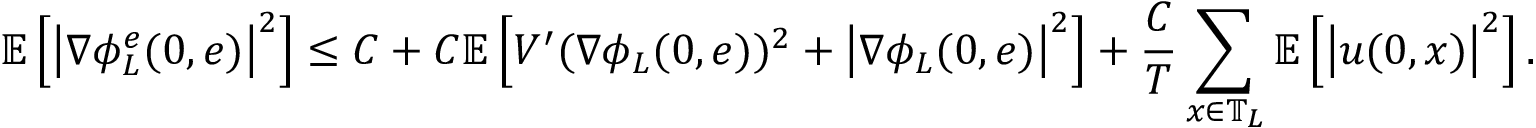
\mathbb { E } \left[ \left| \nabla \phi _ { L } ^ { e } ( 0 , e ) \right| ^ { 2 } \right] \leq C + C \mathbb { E } \left[ V ^ { \prime } ( \nabla \phi _ { L } ( 0 , e ) ) ^ { 2 } + \left| \nabla \phi _ { L } ( 0 , e ) \right| ^ { 2 } \right] + \frac { C } { T } \sum _ { x \in \mathbb { T } _ { L } } \mathbb { E } \left[ \left| u ( 0 , x ) \right| ^ { 2 } \right] .